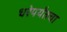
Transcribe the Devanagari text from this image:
धरेपर्यंतचा